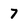
Character: 7